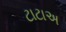
ટાટાઅ